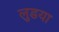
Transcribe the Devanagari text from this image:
लुडया